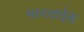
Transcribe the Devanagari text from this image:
मानवाईक